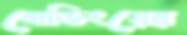
বোডিংয়ের